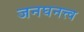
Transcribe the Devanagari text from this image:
जनघनत्त्व